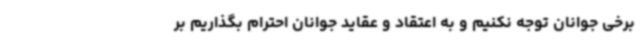
برخی جوانان توجه نکنیم و به اعتقاد و عقاید جوانان احترام بگذاریم بر